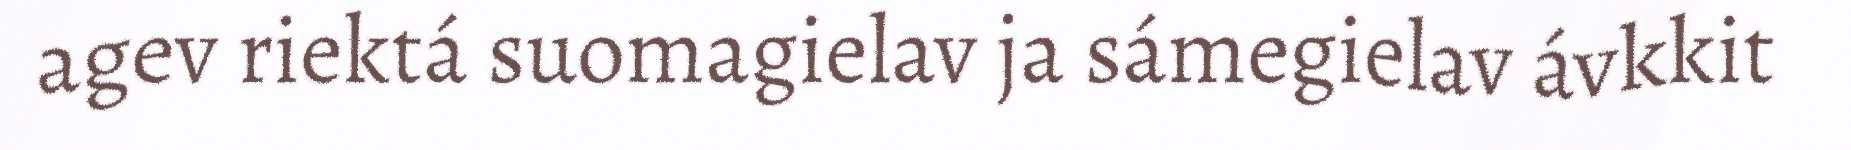
agev riektá suomagielav ja sámegielav ávkkit